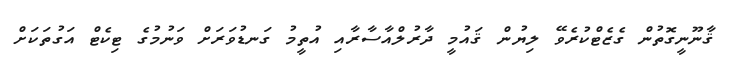
ޤާނޫނީގޮތުން ގެޒެޓްކުރެވޭ ލިޔުން ޤައުމީ ދާރުލްއާސާރާއި އުތީމު ގަނޑުވަރަށް ވަނުމުގެ ޓިކެޓް އަގުތަކަށް